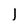
Character: 1